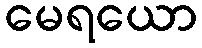
မေရယော